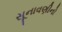
સૂનાવણીનો